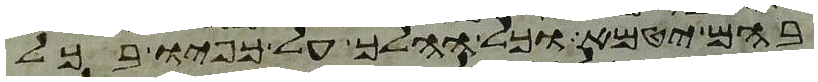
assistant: בהם יטמא וכל ההלך על כפיו בכל